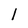
Character: 1